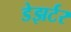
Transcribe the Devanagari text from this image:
डेझर्टर